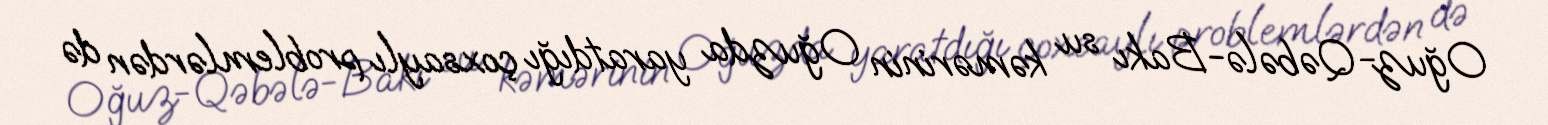
Oğuz-Qəbələ-Bakı su kəmərinin Oğuzda yaratdığı çoxsaylı problemlərdən də